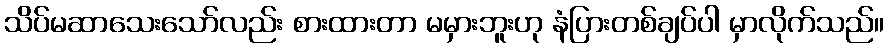
သိပ်မဆာသေးသော်လည်း စားထားတာ မမှားဘူးဟု နံပြားတစ်ချပ်ပါ မှာလိုက်သည်။